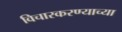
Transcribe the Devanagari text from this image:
विचारकरण्याच्या